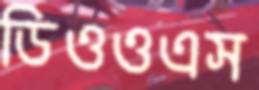
ডিওওএস